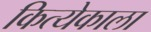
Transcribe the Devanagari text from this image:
कित्येकाला